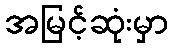
အမြင့်ဆုံးမှာ